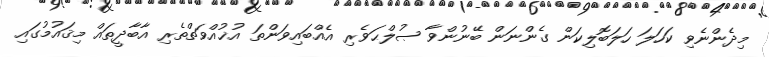
މިދެންނެވި ކަހަލަ ހަލަބޮލިކަން ގެންނަން ބޭނުންވާ ޞުލްޙަވެރި އެއްބައިވަންތަ އުޚުއްވަތްތެރި އާބާދީތައް މިޤައުމުގައި